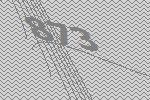
873